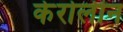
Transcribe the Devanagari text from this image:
केरोलीन